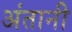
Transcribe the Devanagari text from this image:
अंतानी